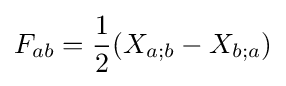
F_{ab}={\frac {1}{2}}(X_{a;b}-X_{b;a})